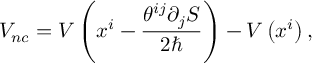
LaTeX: V _ { n c } = V \left( x ^ { i } - \frac { \theta ^ { i j } \partial _ { j } S } { 2 \hbar } \right) - V \left( x ^ { i } \right) ,